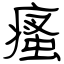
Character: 瘙